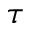
\tau